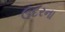
ઉદરના